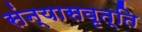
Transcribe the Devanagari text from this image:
संन्यासवृत्ति